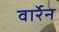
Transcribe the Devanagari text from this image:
वार्रेन